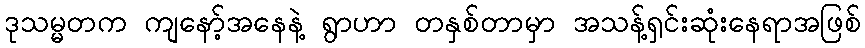
ဒုသမ္မတက ကျနော့်အနေနဲ့ ရွာဟာ တနှစ်တာမှာ အသန့်ရှင်းဆုံးနေရာအဖြစ်